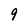
Character: 9